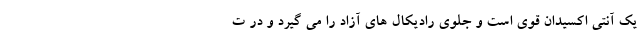
یک آنتی اکسیدان قوی است و جلوی رادیکال های آزاد را می گیرد و در ت